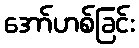
အော်ဟစ်ခြင်း